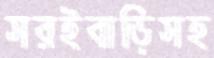
সরইবাড়িসহ